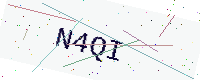
Text: N4QI